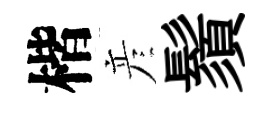
楷彦鬚